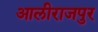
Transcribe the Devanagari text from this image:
आलीराजपुर